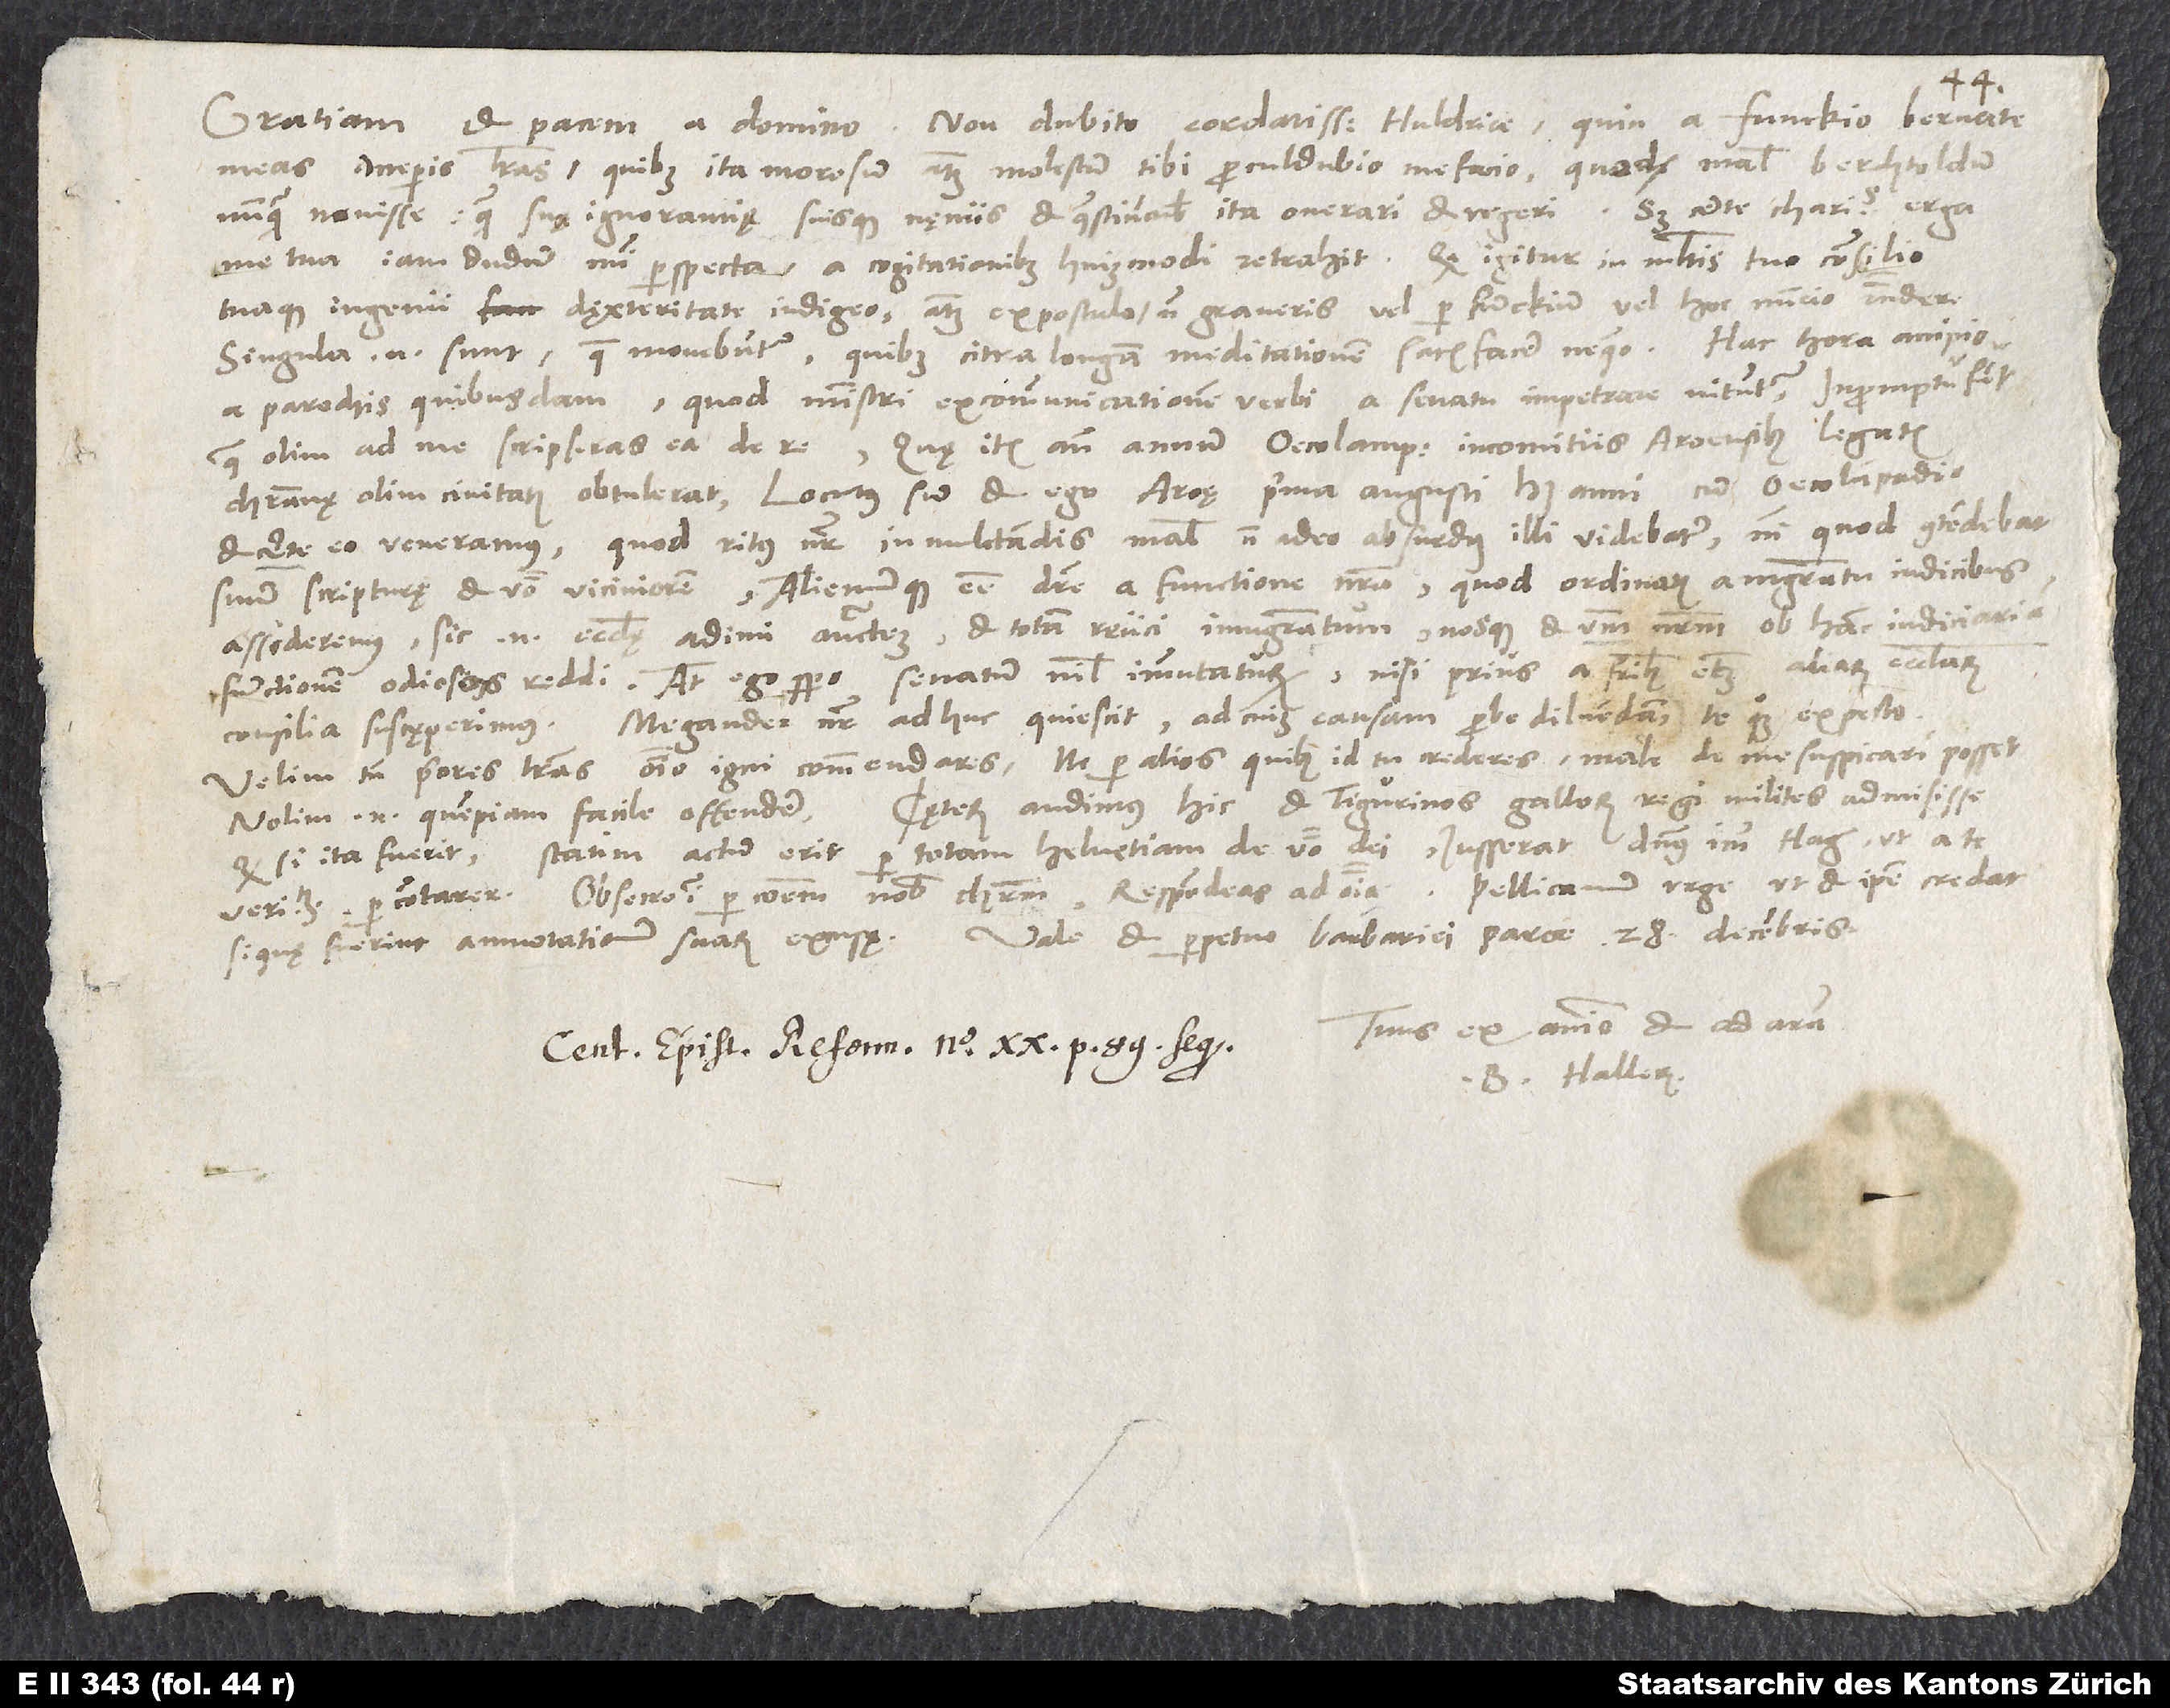
singula enim sunt, quae movebuntur, quibus citra longam meditationem satisfacere nequeo.
a parochis quibusdam, quod ministri excommunicationem verbi a senatu impetrare nituntur. In promptu sunt,
quae olim ad me scripseras ea de re, quę item ante annum Oecolampadius in comitiis Aroensibus legatis
christianę olim civitatis obtulerat. Locutus sum et ego Aroę prima augusti huius anni cum Oecolampadio,
et certe eo veneramus, quod ritus noster in mulctandis malis non adeo absurdus illi videbatur, nisi quod contendebat
suum scripturę et verbo viciniorem alienumque esse debere a functione nostra, quod ordinatis a magistratu iudicibus
assideremus; sic enim ecclesię adimi auctoritatem et totam reiici in magistratum, nosque et verbum nostrum ob hanc judiciariam
functionem odiosos reddi. At ego spero senatum nihil immutaturum, nisi prius a fratribus etiam aliarum ecclesiarum
Velim tamen priores litteras omnino igni commendares, ne per alios, quibus id tu crederes, male de me suspicari posset;
quod si ita fuerit, statim actum erit per totam Helvetiam de verbo dei. lusserat dominus Imm Hag, ut a te
veritatem percontarer. Obsecro igitur per communem nobis Christum, respondeas ad omnia. Pellicanum urge, ut et ipse credat,
Tuus ex animo et ad aram
B. Hallerus